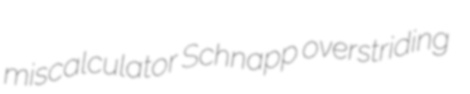
miscalculator Schnapp overstriding